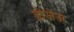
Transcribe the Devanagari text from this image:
डोजेज